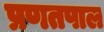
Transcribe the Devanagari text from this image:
प्रणतपाल